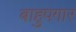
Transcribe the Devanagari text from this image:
बाहुपगार